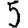
Digit: 5